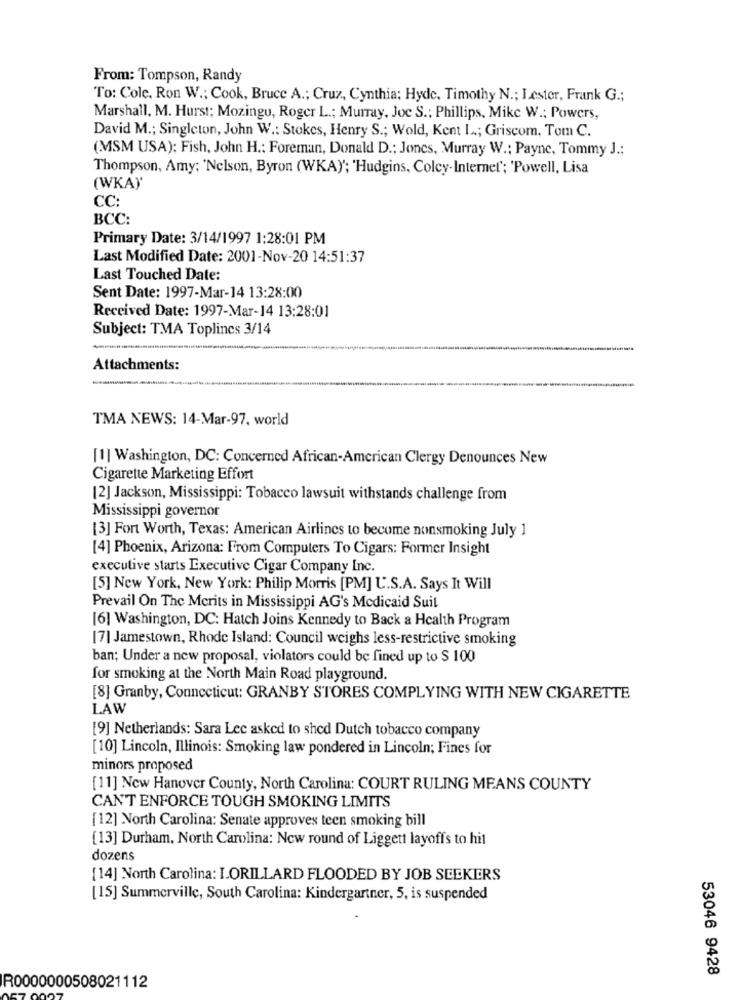
From: Tompson, Randy
To: Cole. Ron W .; Cook, Bruce A .; Cruz, Cynthia; Hyde, Timothy N .; Lester, Frank G .;
Marshall, M. Hurst; Mozingu, Roger L .; Murray, Joe S .; Phillips, Mike W .; Powers,
David M .; Singleton, John W .: Stokes, Henry S .; Wold, Kent L .; Griscom, Tom C.
(MSM USA): Fish, John H .: Foreman, Donald D .; Jones, Murray W .: Payne, Tommy J .;
Thompson, Amy: 'Nelson, Byron (WKA)'; 'Hudgins, Colcy-Internet'; 'Powell, Lisa
(WKA"
CC:
BCC:
Primary Date: 3/14/1997 1:28:01 PM
Last Modified Date: 2001-Nov-20 14:51:37
Last Touched Date:
Sent Date: 1997-Mar-14 13:28:00
Received Date: 1997-Mar-14 13:28:01
Subject: TMA Toplincs 3/14
Attachments:
TMA NEWS: 14-Mar-97. world
[1] Washington, DC: Concerned African-American Clergy Denounces New
Cigarette Marketing Effort
[2] Jackson, Mississippi: Tobacco lawsuit withstands challenge from
Mississippi governor
[3] Fort Worth, Texas: American Airlines to become nonsmoking July 1
[4] Phoenix, Arizona: From Computers To Cigars: Former Insight
executive starts Executive Cigar Company Inc.
[5] New York, New York: Philip Morris [PM] U.S.A. Says It Will
Prevail On The Mcrits in Mississippi AG's Medicaid Suit
[6] Washington, DC: Hatch Joins Kennedy to Back a Health Program
[7] Jamestown, Rhode Island: Council weighs less-restrictive smoking
ban; Under a new proposal, violators could be fined up to $ 100
for smoking at the North Main Road playground.
[8] Granby, Connecticut: GRANBY STORES COMPLYING WITH NEW CIGARETTE
LAW
[9] Netherlands: Sara Lec asked to shed Dutch tobacco company
[10] Lincoln, Illinois: Smoking law pondered in Lincoln; Fines for
minors proposed
[11] Ncw Hanover County, North Carolina: COURT RULING MEANS COUNTY
CAN'T ENFORCE TOUGH SMOKING LIMITS
[12] North Carolina: Senate approves teen smoking bill
[13] Durham, North Carolina: New round of Liggett layoffs to hil
dozens
[14] North Carolina: LORILLARD FLOODED BY JOB SEEKERS
[15] Summerville, South Carolina: Kindergartner, 5, is suspended
53046 9428
R0000000508021112